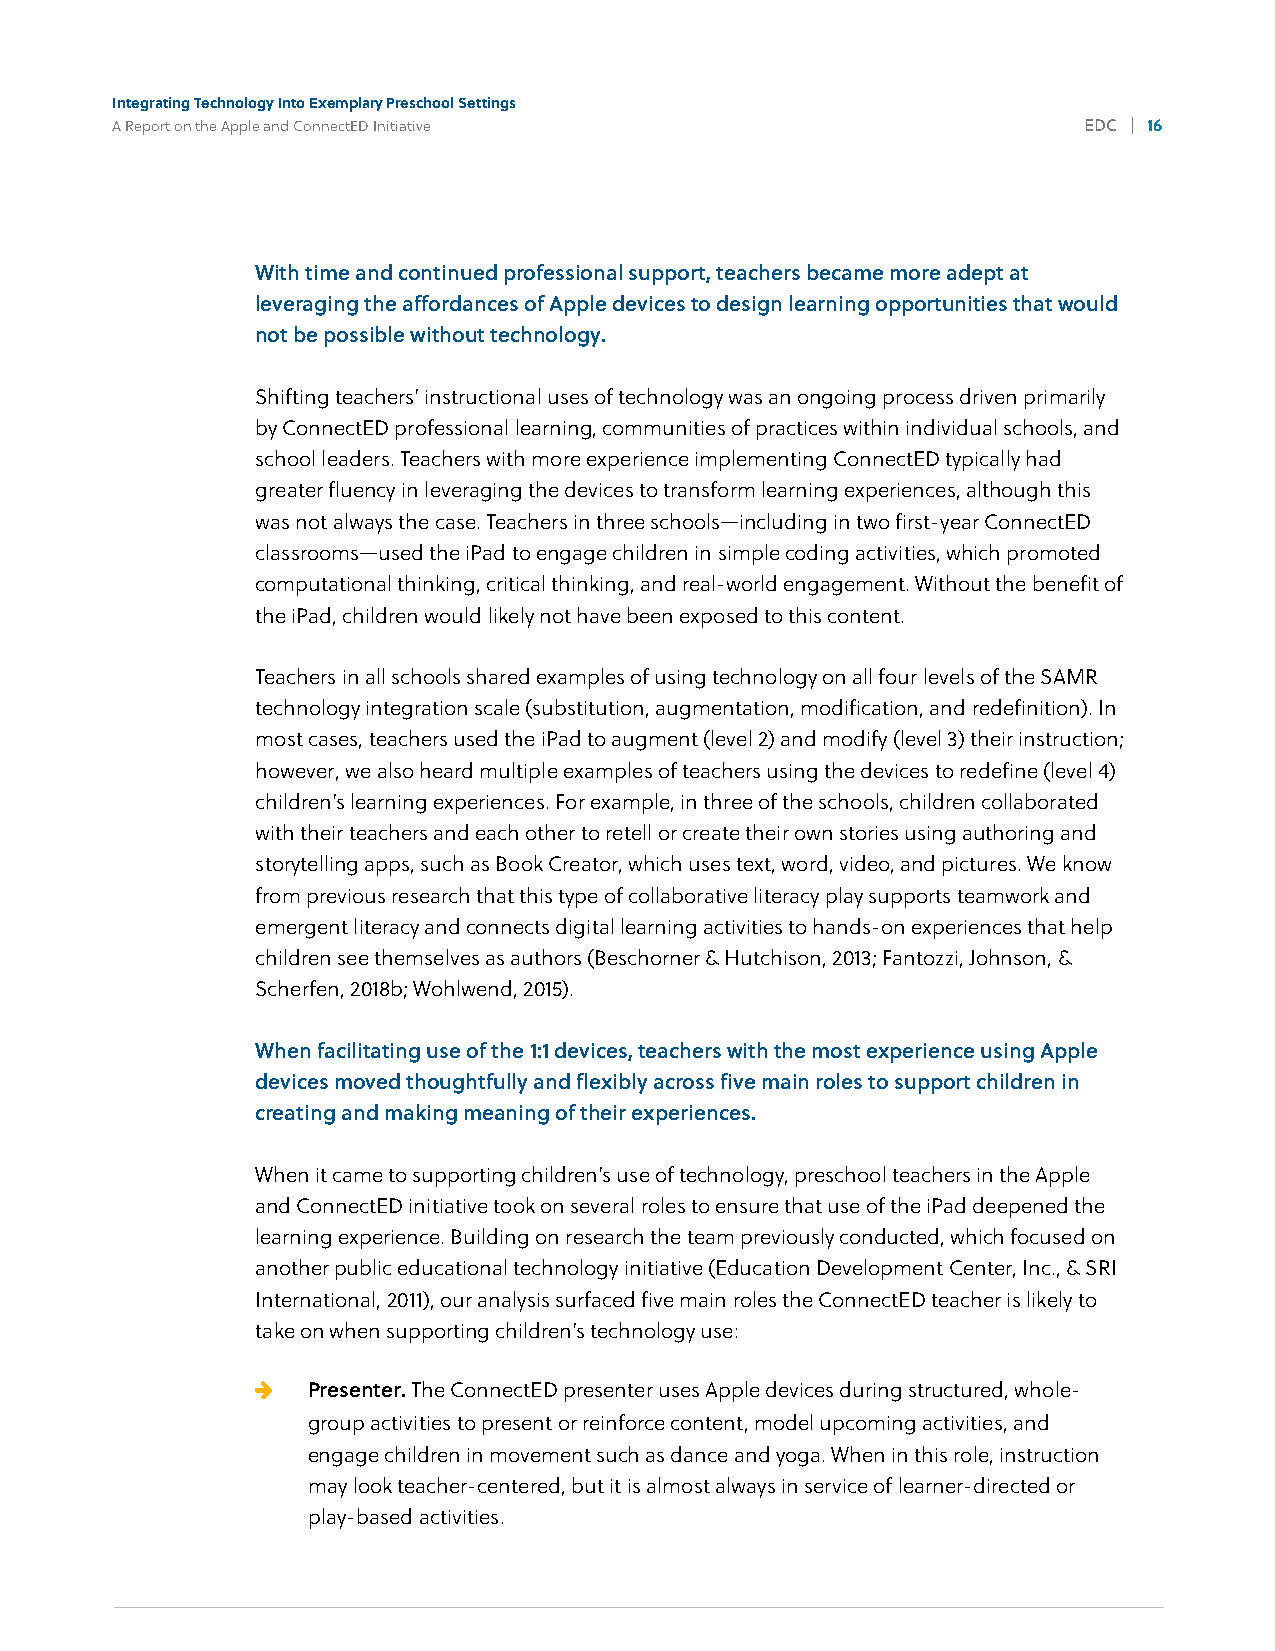
Integrating Technology Into Exemplary Preschool Settings
 A Report on the Apple and ConnectED Initiative                   EDC | 16
 4%
 With time and continued professional support, teachers became more adept at
 leveraging the affordances of Apple devices to design learning opportunities that would
 not be possible without technology.
 Shifting teachers’ instructional uses of technology was an ongoing process driven primarily
 by ConnectED professional learning, communities of practices within individual schools, and
 school leaders. Teachers with more experience implementing ConnectED typically had
 greater fluency in leveraging the devices to transform learning experiences, although this
 was not always the case. Teachers in three schools—including in two first-year ConnectED
 classrooms—used the iPad to engage children in simple coding activities, which promoted
 computational thinking, critical thinking, and real-world engagement. Without the benefit of
 the iPad, children would likely not have been exposed to this content.
 Teachers in all schools shared examples of using technology on all four levels of the SAMR
 technology integration scale (substitution, augmentation, modification, and redefinition). In
 most cases, teachers used the iPad to augment (level 2) and modify (level 3) their instruction;
 however, we also heard multiple examples of teachers using the devices to redefine (level 4)
 children’s learning experiences. For example, in three of the schools, children collaborated
 with their teachers and each other to retell or create their own stories using authoring and
 storytelling apps, such as Book Creator, which uses text, word, video, and pictures. We know
 from previous research that this type of collaborative literacy play supports teamwork and
 emergent literacy and connects digital learning activities to hands-on experiences that help
 children see themselves as authors (Beschorner & Hutchison, 2013; Fantozzi, Johnson, &
 Scherfen, 2018b; Wohlwend, 2015).
 When facilitating use of the 1:1 devices, teachers with the most experience using Apple
 devices moved thoughtfully and flexibly across five main roles to support children in
 creating and making meaning of their experiences.
 When it came to supporting children’s use of technology, preschool teachers in the Apple
 and ConnectED initiative took on several roles to ensure that use of the iPad deepened the
 learning experience. Building on research the team previously conducted, which focused on
 another public educational technology initiative (Education Development Center, Inc., & SRI
 International, 2011), our analysis surfaced five main roles the ConnectED teacher is likely to
 take on when supporting children’s technology use:
   Presenter. The ConnectED presenter uses Apple devices during structured, whole-
 group activities to present or reinforce content, model upcoming activities, and
 engage children in movement such as dance and yoga. When in this role, instruction
 may look teacher-centered, but it is almost always in service of learner-directed or
 play-based activities.